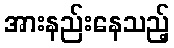
အားနည်းနေသည့်